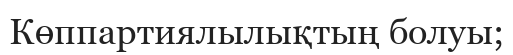
Көппартиялылықтың болуы;